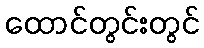
ထောင်တွင်းတွင်